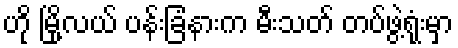
ဟို မြို့လယ် ပန်းခြံနားက မီးသတ် တပ်ဖွဲ့ရုံးမှာ